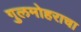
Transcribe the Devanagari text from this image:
गुलमोहराचा